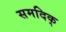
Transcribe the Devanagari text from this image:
समदिक्‌